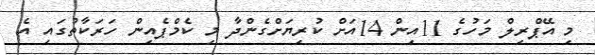
މި އޭޕްރިލް މަހުގެ 11އިން 14އަށް ކުރިޔަށްގެންދާ މި ކެމްޕެއިން ހަރަކާތުގައި އެ